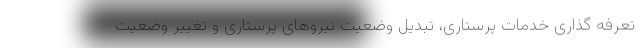
تعرفه گذاری خدمات پرستاری، تبدیل وضعیت نیروهای پرستاری و تغییر وضعیت